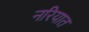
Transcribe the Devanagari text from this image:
नरियात